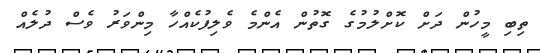
ތިބި މީހުން ދަށް ކޮށްލުމުގެ ގޮތުން އެންމެ ވެލިފުކެއްހާ މިންވަރު ވެސް ދުލެއް